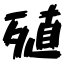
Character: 殖